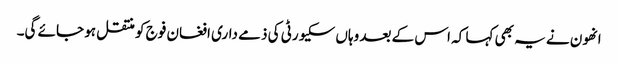
انھون نے یہ بھی کہا کہ اس کے بعد وہاں سکیورٹی کی ذمے داری افغان فوج کو منتقل ہو جائے گی۔